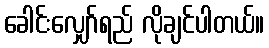
ခေါင်းလျှော်ရည် လိုချင်ပါတယ်။